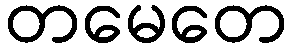
တမေတေ